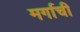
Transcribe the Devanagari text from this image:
मर्गाची